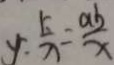
y = \frac { k } { x } = \frac { a b } { x }